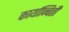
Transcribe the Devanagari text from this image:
कार्यान्विती